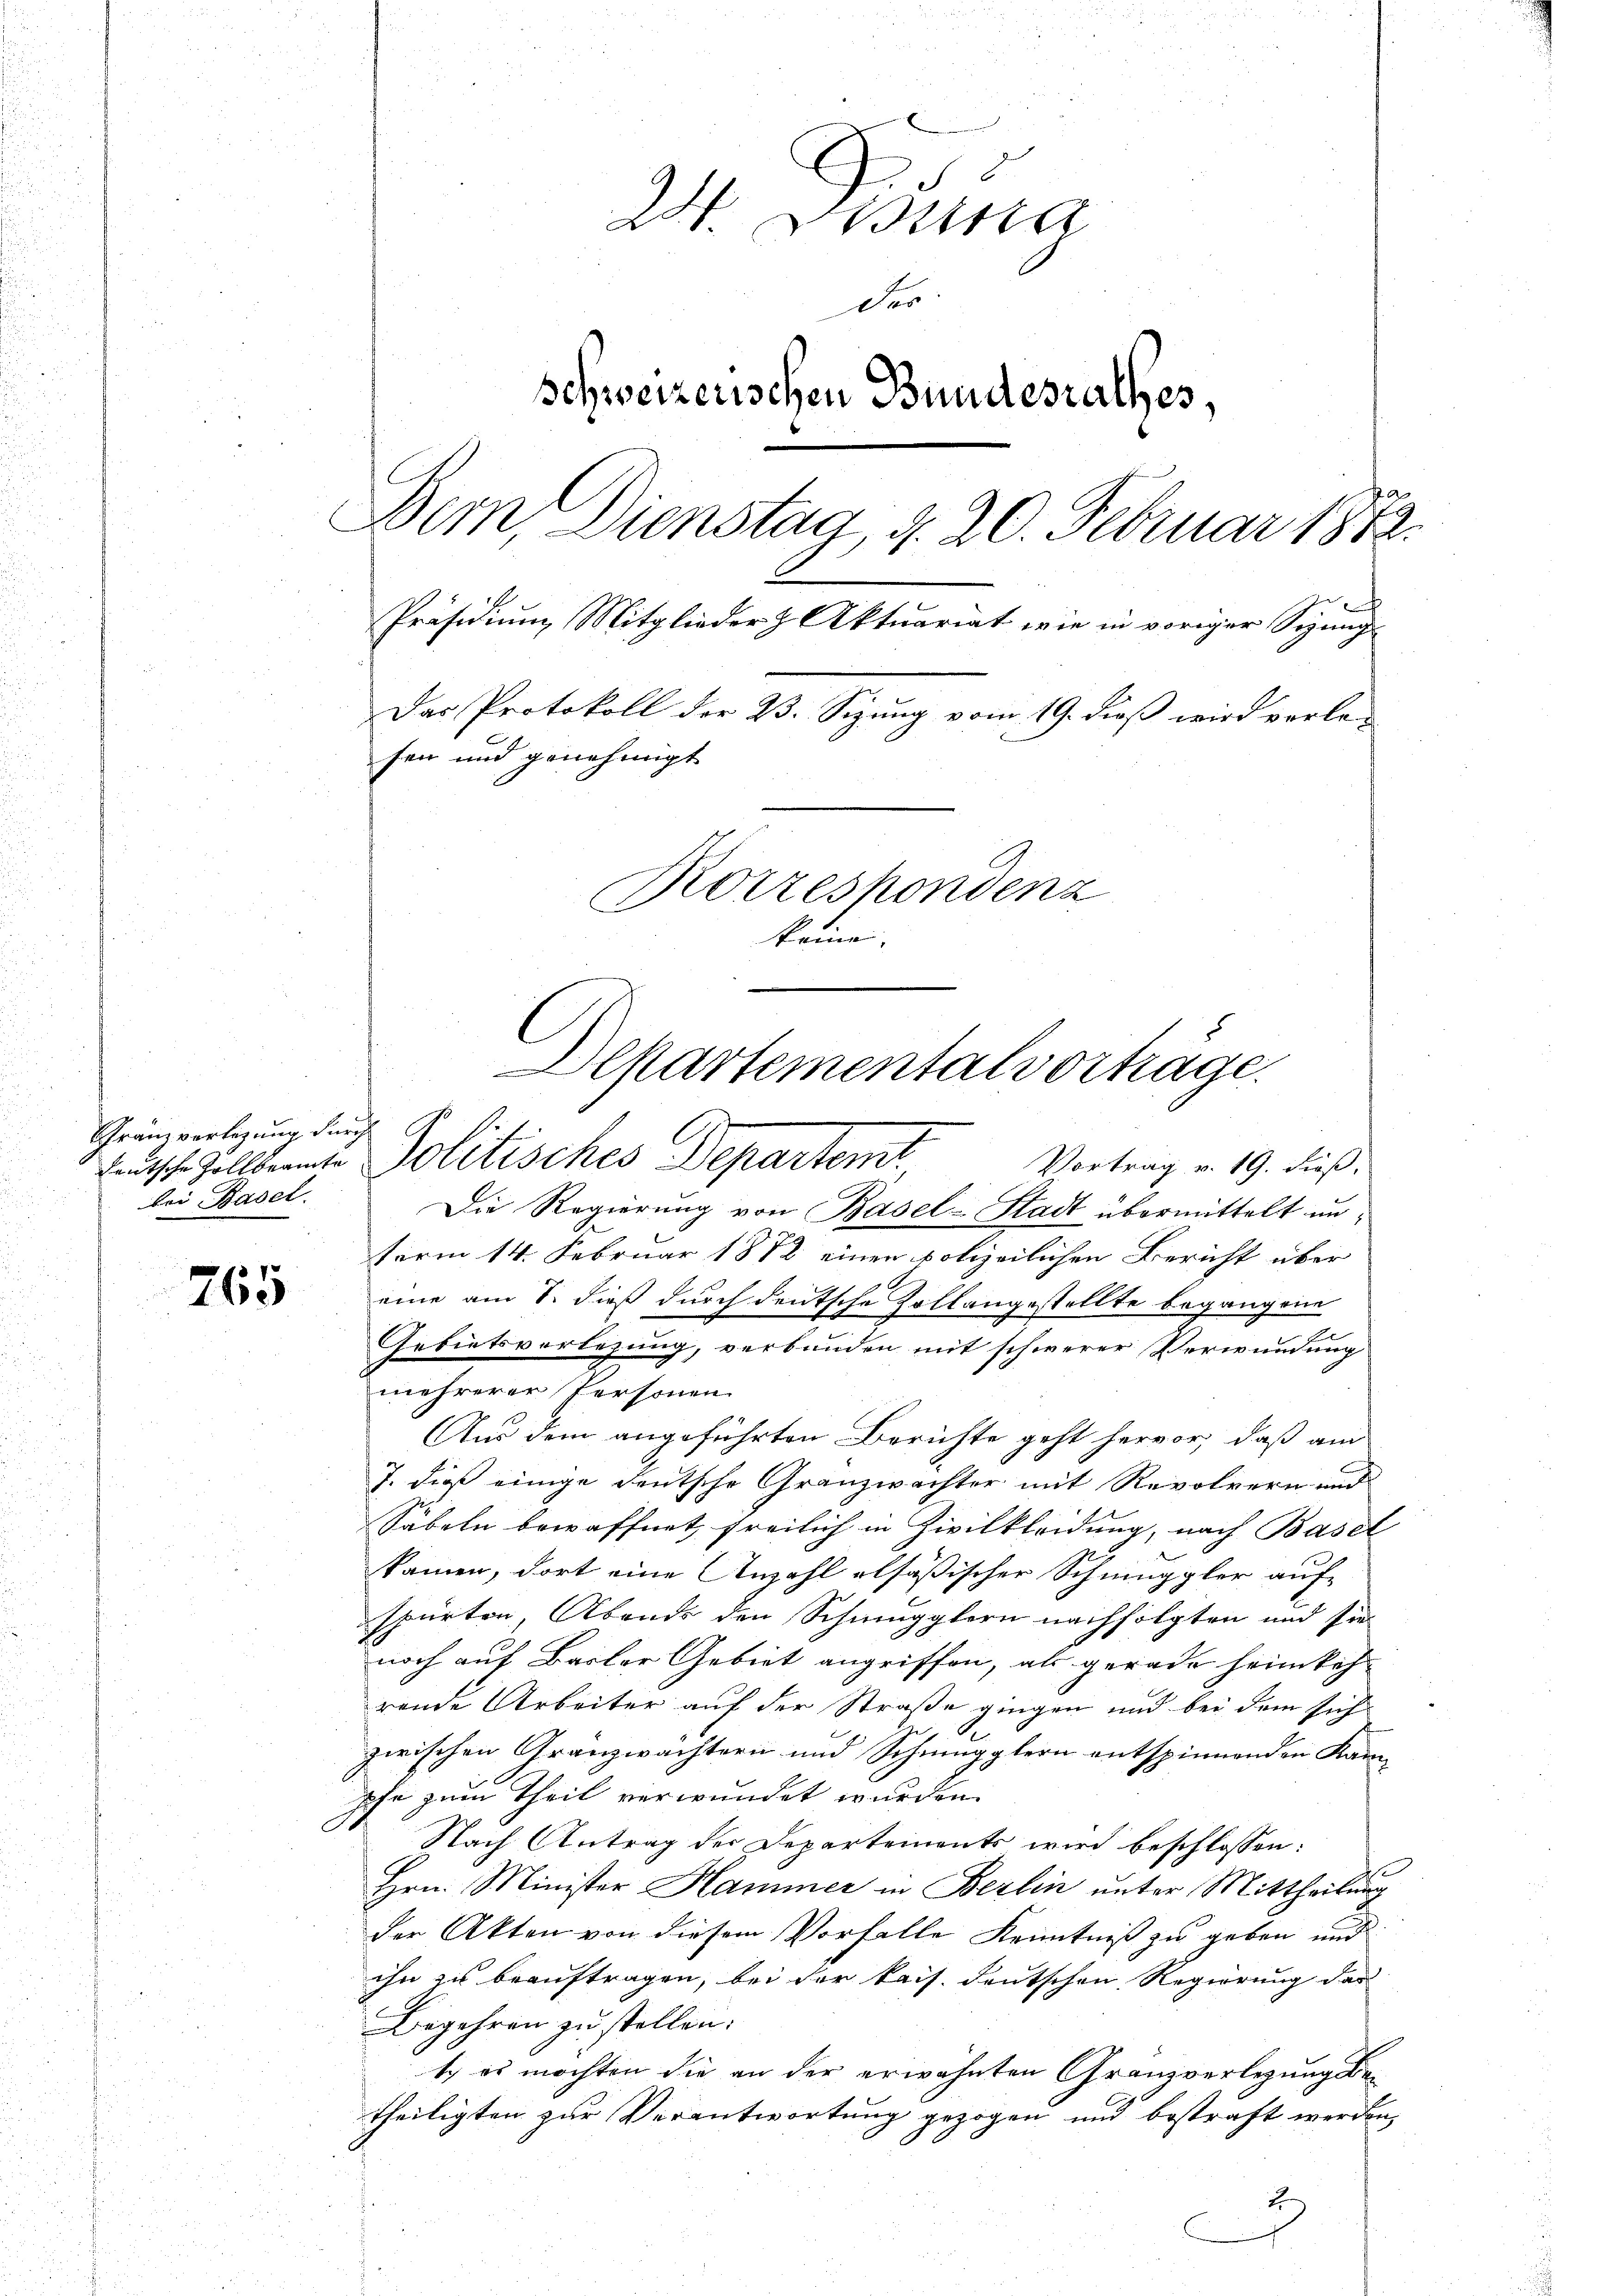
765

24. Desina
Der
schweizerischen Bundesrathes,
Bem, Dienstag, d. 20. Februar 1872.
Präsidium Mitglieder & Aktuariat wie in voriger Sigung-
Das Protokoll der 23. Sizung vom 19. dieß wird verlefen und genehmigt
Kotzeshondenz
keine.

Gränzvertigung durch
bei Basel.

Departementalvorträge.
Lusch. Zollbeamte Politisches Departem
Vortrag v. 19. dieß,

Die Regierung von Basel-Stadt übermittelt unterm 14. Februar 1882 einen polizeilichen Bericht über
eine am 8. dieß durch deutsche Zollangestellte begangene
Gebietsvorlegung, verbunden mit schwerer Verwundung
mehrerer Personen
Aus dem angeführten Berichte geht hervor, daß am
7. dieß einige deutsche Granzwachter mit Revolvern und
Säbeln bewaffnet, freilich in Zivilkleidung, nach Basel
kamen, dort eine Anzahl alsäßischer Schmuppler auf-
spürten, Abends den Schmugglern nachfolgten und sie
noch auf Basler Gebiet angriffen, als gerade heimkeh-
rende Arbeiter auf der Straße gingen und bei dem sich
zwischen Granzwachtern und Schmugglern entspinnenden Kanpfe zum Theil verwundet wurden.
Nach Antrag der Departements wird beschlossen:
Hrn. Minister Hammer in Berlin unter Mittheilung
der Akten von diesem Vorfalle Kenntniß zu geben und
ihn zu beauftragen, bei der kais. Deutschen Regierung das
Begehren zu stellen.
t es möchten die an der erwähnten Granzverlegung betheiligten zur Verantwortung gezogen und bestraft werden,
2